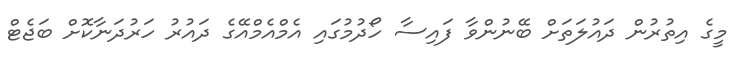
މީގެ އިތުރުން ދައުލަތަށް ބޭނުންވާ ފައިސާ ހޯދުމުގައި އެމްއެމްއޭގެ ދައުރު ހަރުދަނާކޮށް ބަޖެޓް